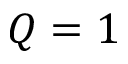
Q = 1